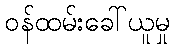
ဝန်ထမ်းခေါ်ယူမှု